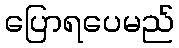
ပြောရပေမည်